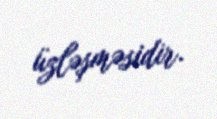
üzləşməsidir.